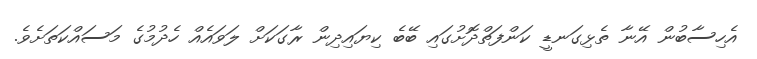
އެހިސާބުން އޭނާ ތެޅިގަނޑީ ކަންފަތްދޮށުގައި ބޭބެ ކިޔައިދިން ރާގަކަށް ލަވައެއް ހެދުމުގެ މަސައްކަތަށެވެ.